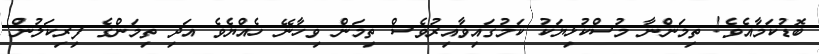
ބޮޑުކަމާއެވެ! ތިމަންނާ މުސްކުޅިޔަކު ކަމުގައިވާއިރުވެސް ތިމަން ވިހާނޭ ހެއްޔެވެ އަދި ތިމަންގެ ފިރިކަލުން